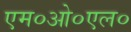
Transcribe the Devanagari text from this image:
एम०ओ०एल०